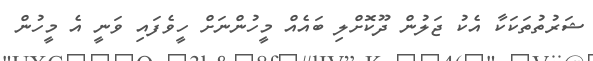
ޝަރުތުތަކަކާ އެކު ޖަލުން ދޫކޮށްލި ބައެއް މީހުންނަށް ހީވެފައި ވަނީ އެ މީހުން